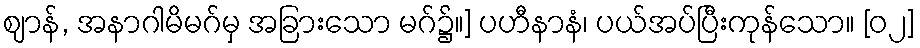
ဈာန်, အနာဂါမိမဂ်မှ အခြားသော မဂ်၌။] ပဟီနာနံ၊ ပယ်အပ်ပြီးကုန်သော။ [၀၂]